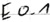
Text: E0.1